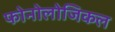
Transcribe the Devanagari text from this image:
फोनोलोजिकल